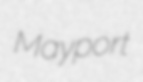
Mayport